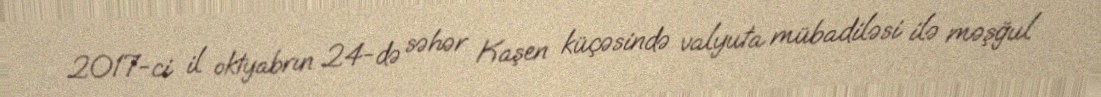
2017-ci il oktyabrın 24-də səhər Kaşen küçəsində valyuta mübadiləsi ilə məşğul